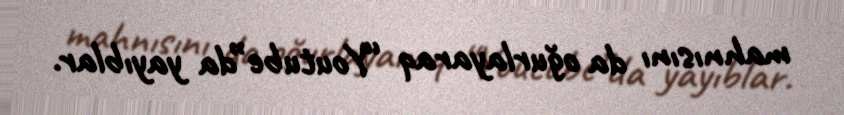
mahnısını da oğurlayaraq “Youtube”da yayıblar.